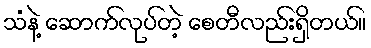
သံနဲ့ ဆောက်လုပ်တဲ့ စေတီလည်းရှိတယ်။